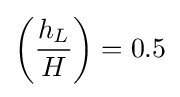
{\left({\frac {h_{L}}{H}}\right)}=0.5